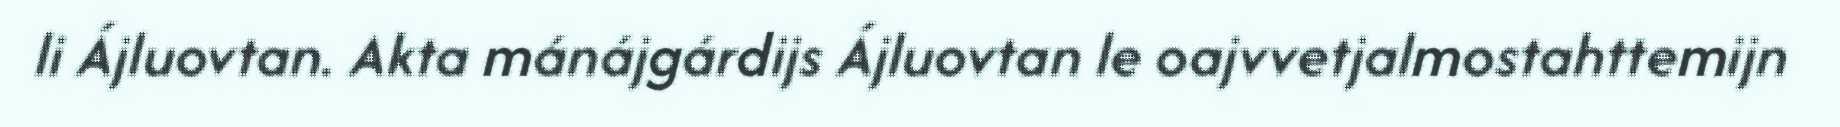
li Ájluovtan. Akta mánájgárdijs Ájluovtan le oajvvetjalmostahttemijn